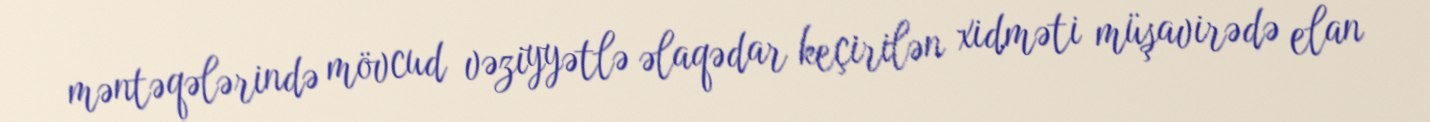
məntəqələrində mövcud vəziyyətlə əlaqədar keçirilən xidməti müşavirədə elan